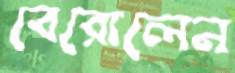
বেরোলেন